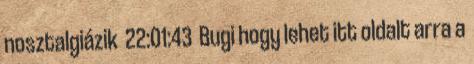
nosztalgiázik 22:01:43 Bugi hogy lehet itt oldalt arra a